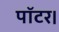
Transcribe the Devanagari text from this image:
पॉटर।